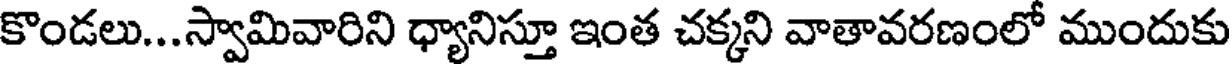
కొండలు...స్వామివారిని ధ్యానిస్తూ ఇంత చక్కని వాతావరణంలో ముందుకు